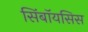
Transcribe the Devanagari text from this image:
सिंबॉयसिस